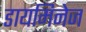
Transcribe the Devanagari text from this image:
डायमिनेज